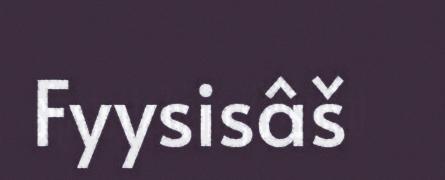
Fyysisâš